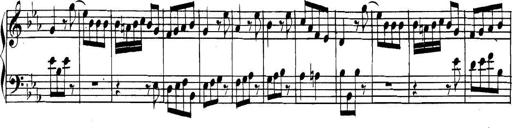
Title: Collected Piano Sonatas
Composer: Muzio Clementi